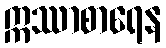
ဣဿာစာရေန